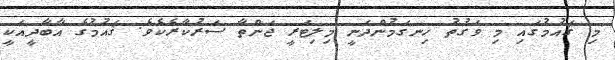
މި ޤައުމުގައި މި ވަގުތު ހިނގަމުންދަނީ މިލިޓަރީ ޖަންތާ ސަރުކާރެކެވެ. ޤައުމުގެ އާބާދީއަކީ